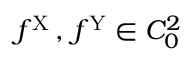
f ^ { \mathrm { X } } \, , \, f ^ { \mathrm { Y } } \in C _ { 0 } ^ { 2 }